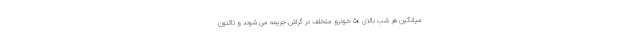
میانگین هر شب بالای ۵۰ خودرو متخلف در گراش جریمه می شوند و تاکنون